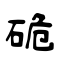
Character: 硊